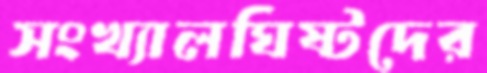
সংখ্যালঘিষ্টদের